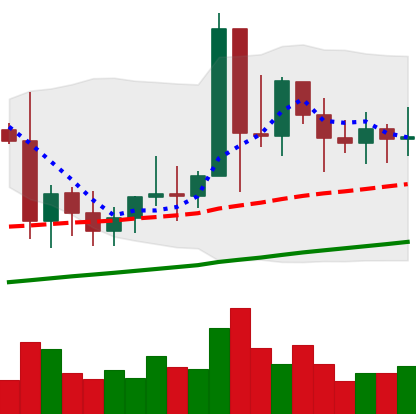
Ticker: XMR-USD
Chart end date: 2021-01-19
Forward return: -12.741%
Label: down_7plus